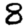
Digit: 8